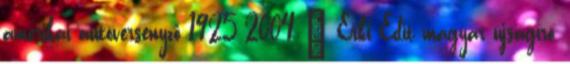
amerikai autóversenyző 1925 2004 – Erki Edit magyar újságíró,